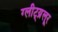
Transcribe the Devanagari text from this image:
ग्लीट्य्रूलर